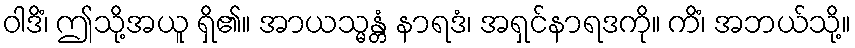
ဝါဒိံ၊ ဤသို့အယူ ရှိ၏။ အာယသ္မန္တံ နာရဒံ၊ အရှင်နာရဒကို။ ကိံ၊ အဘယ်သို့။